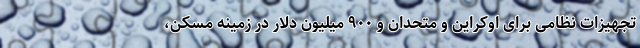
تجهیزات نظامی برای اوکراین و متحدان و ۹۰۰ میلیون دلار در زمینه مسکن،